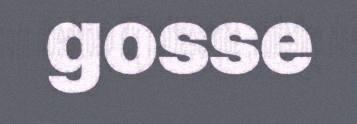
gosse